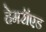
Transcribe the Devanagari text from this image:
हेमरॉएड